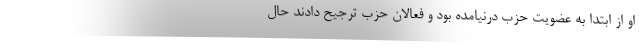
او از ابتدا به عضویت حزب درنیامده بود و فعالان حزب ترجیح دادند حال